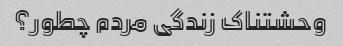
وحشتناک زندگی مردم چطور؟